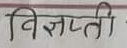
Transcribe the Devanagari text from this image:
विज्ञप्ती